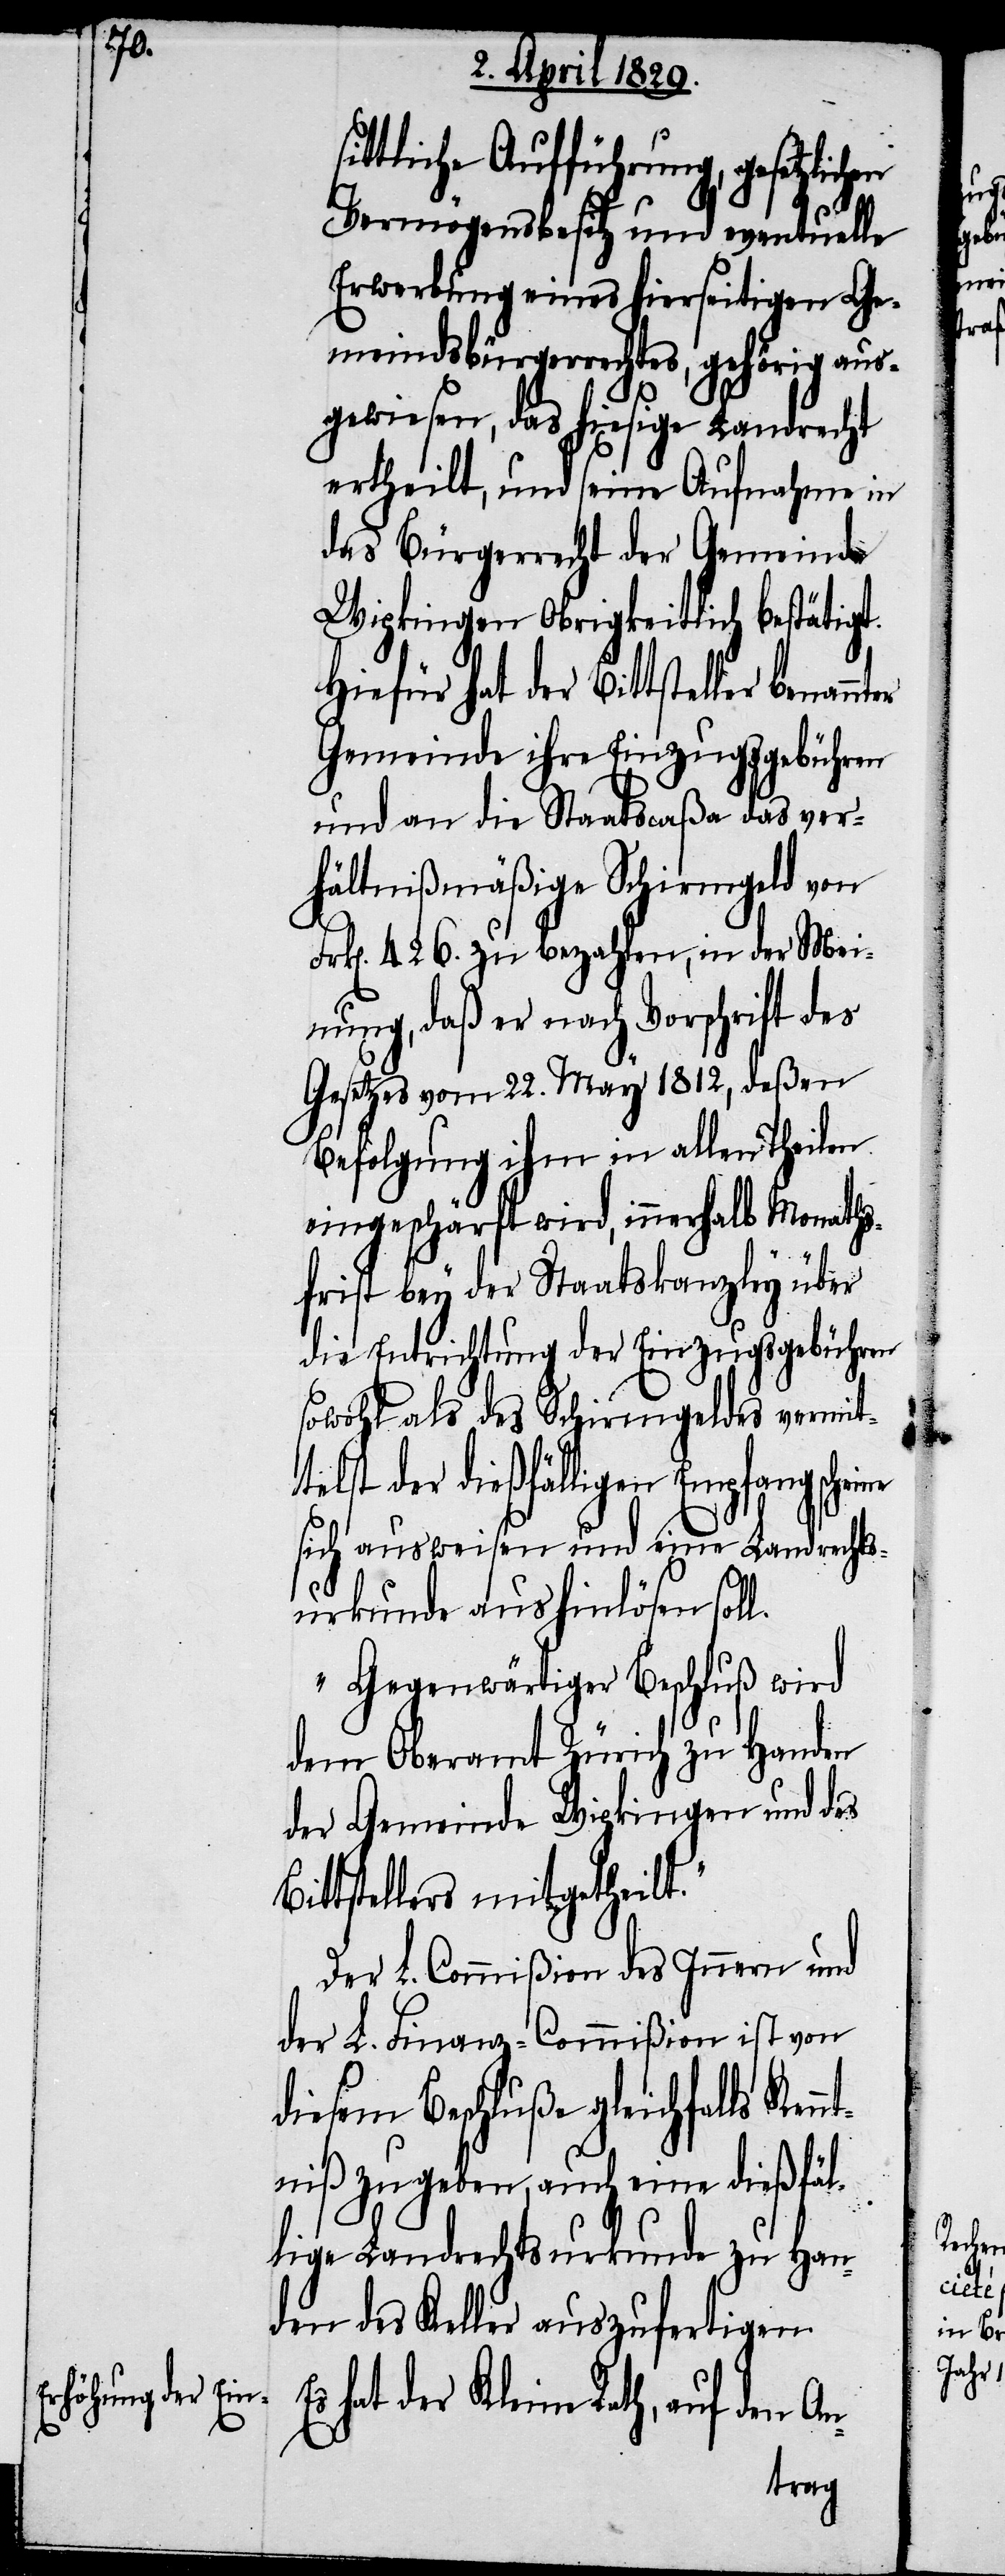
t.

sittliche Aufführung, gesetzlich¬
Vermögensbesitz und eventuelle
Erwerbung eines hierseitigen Ge¬
meindsbürgerrechtes, gehörig aus¬
gewiesen, das hiesige Landrecht
ertheilt, und seine Aufnahme in
das Bürgerrecht der Gemeinde
Wipkingen obrigkeitlich bestätigt.
Hiefür hat der Bittsteller
Gemeinde ihre Einzugsgebühren
und an die Staatscaßa das ver¬
hältnißmäßige Schirmgeld von
Frk[en]. 426. zu bezahlen, in der Mei¬
nung, daß er nach Vorschrift des
Gesetzes vom 22. May 1812, deßen
Befolgung ihm in allen Theilen
eingeschärft wird, innerhalb Monaths¬
frist bey der Staatskanzley über
die Entrichtung der Einzugsgebühren
sowohl als des Schirmgeldes vermit¬
telst der dießfälligen Empfangschei¬
sich ausweisen und eine Landrechts¬
urkunde aushinlösen sol¬
Gegenwärtiger Beschluß wird
dem Oberamt Zürich zu Handen
der Gemeinde Wipkingen und des
tstellers mitgetheil¬
Der L. Commißion des Innern und
der L. Finanz-Comißion ist von
diesem Beschluße gleichfalls Ken¬
ntniß zu geben, auch eine dießfäl¬
lige Landrechtsurkunde zu Han¬
den des Keller auszufertigen.
hat der Kleine Rath, auf den A¬

Bit¬
n-